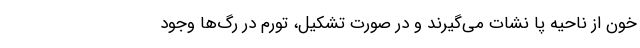
خون از ناحیه پا نشات می‌گیرند و در صورت تشکیل، تورم در رگ‌ها وجود